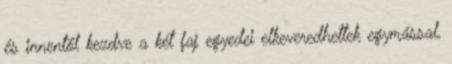
és innentől kezdve a két faj egyedei elkeveredhettek egymással,